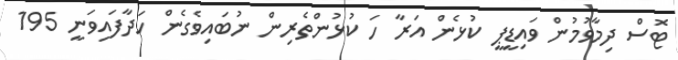
ޓޮސް ދިމާވުމުން ވައިޑީޕީ ކުޅެން އަރާ ހަ ކުޅުންތެރިން ނުބައިވެގެން ހަދާފައިވަނީ 195